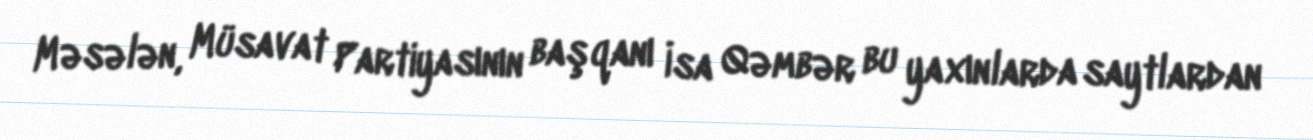
Məsələn, Müsavat Partiyasının başqanı İsa Qəmbər bu yaxınlarda saytlardan